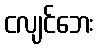
ငလျင်ဘေး